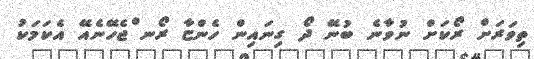
ތިވަރަށް ރޯކަށް ނުވާނެ ބުނޭ ދޯ ގިނައިން ހެންޏާ ރޯނ ްޖެހޭނެއޭ އެކަމަކު